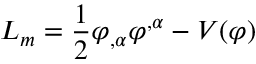
L _ { m } = \frac { 1 } { 2 } \varphi _ { , \alpha } \varphi ^ { , \alpha } - V ( \varphi )